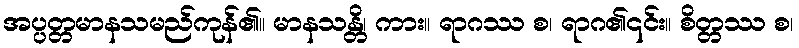
အပ္ပတ္တမာနသမည်ကုန်၏။ မာနသန္တိ၊ ကား။ ရာဂဿ စ၊ ရာဂ၏၎င်း။ စိတ္တဿ စ၊